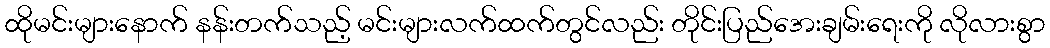
ထိုမင်းများနောက် နန်းတက်သည့် မင်းများလက်ထက်တွင်လည်း တိုင်းပြည်အေးချမ်းရေးကို လိုလားစွာ